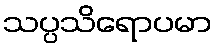
သပ္ပသိရောပမာ